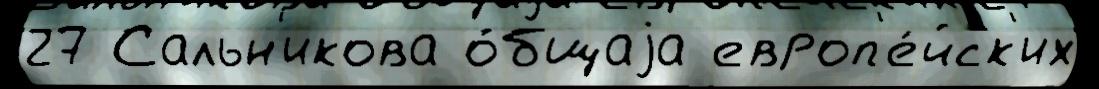
27 Сальн'икова о́бщаjа европ'е́йск'их